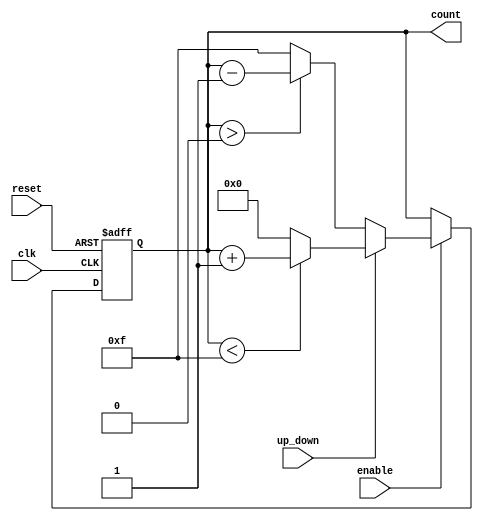
module up_down_counter (
    input wire clk,         // Clock signal
    input wire reset,       // Asynchronous reset
    input wire up_down,     // Control signal for counting direction
    input wire enable,      // Enable signal for counting
    output reg [3:0] count  // 4-bit counter output
);

    // Initial value for the counter
    initial begin
        count = 4'b0000;   // Initialize the counter to zero
    end

    // Asynchronous reset and counting logic
    always @(posedge clk or posedge reset) begin
        if (reset) begin
            count <= 4'b0000;  // Reset the counter to zero
        end else if (enable) begin
            if (up_down) begin
                // Count up
                if (count < 4'b1111) begin
                    count <= count + 1; // Increment the counter
                end else begin
                    count <= 4'b0000; // Overflow handling: wrap around to zero
                end
            end else begin
                // Count down
                if (count > 4'b0000) begin
                    count <= count - 1; // Decrement the counter
                end else begin
                    count <= 4'b1111; // Underflow handling: wrap around to max value
                end
            end
        end
        // If enable is low, count retains its value
    end

endmodule